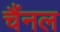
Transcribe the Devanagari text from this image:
चैंनल